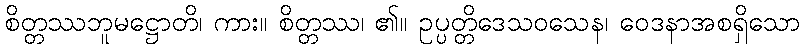
စိတ္တဿဘူမဋ္ဌောတိ၊ ကား။ စိတ္တဿ၊ ၏။ ဥပ္ပတ္တိဒေသဝသေန၊ ဝေဒနာအစရှိသော